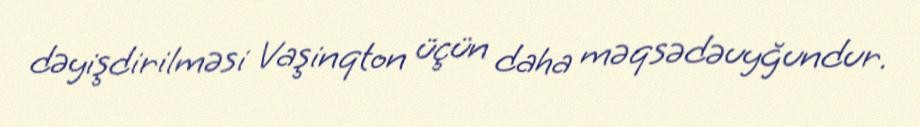
dəyişdirilməsi Vaşinqton üçün daha məqsədəuyğundur.